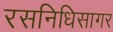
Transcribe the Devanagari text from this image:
रसनिधिसागर